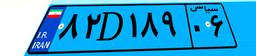
۸۲D۱۸۹۰۶